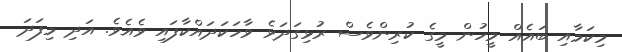
މިކަމާއި ބައެއް މީހުން މީގެ ކުރިންވެސް ރުޅިގަދަވެ ވާހަކަދައްކާފައި ވެއެވެ. އަދި މިފަދަ